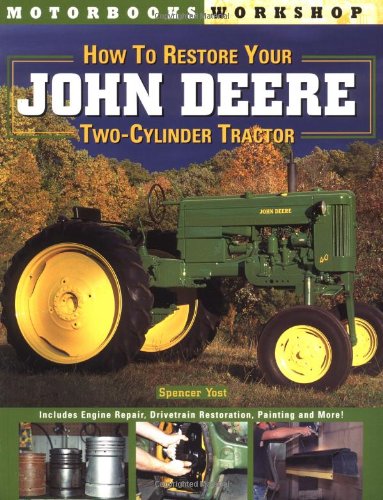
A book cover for How to Restore Your John Deere Two-Cylinder Tractor (Motorbooks Workshop); Spencer Yost; Science & Math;